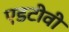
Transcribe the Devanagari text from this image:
एडटीवी